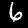
Digit: 6